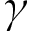
\gamma